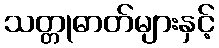
သတ္တုဓာတ်များနှင့်